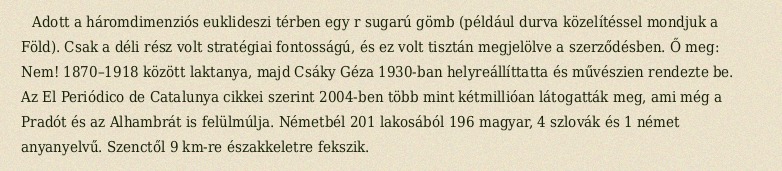
Adott a háromdimenziós euklideszi térben egy r sugarú gömb (például durva közelítéssel mondjuk a Föld). Csak a déli rész volt stratégiai fontosságú, és ez volt tisztán megjelölve a szerződésben. Ő meg: Nem! 1870–1918 között laktanya, majd Csáky Géza 1930-ban helyreállíttatta és művészien rendezte be. Az El Periódico de Catalunya cikkei szerint 2004-ben több mint kétmillióan látogatták meg, ami még a Pradót és az Alhambrát is felülmúlja. Németbél 201 lakosából 196 magyar, 4 szlovák és 1 német anyanyelvű. Szenctől 9 km-re északkeletre fekszik.